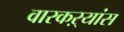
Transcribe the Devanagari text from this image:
वारकऱ्यांस